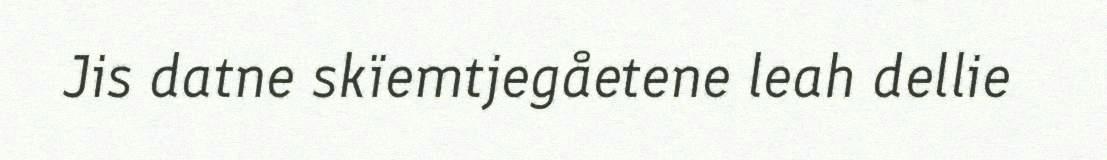
Jis datne skïemtjegåetene leah dellie